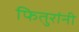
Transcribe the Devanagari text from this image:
फितुरांनी